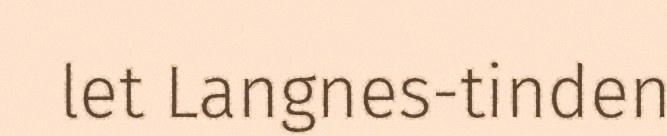
let Langnes-tinden